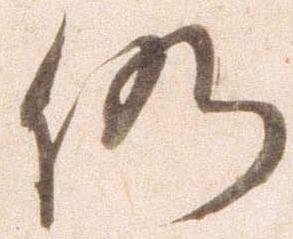
仍